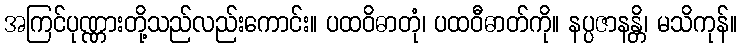
အကြင်ပုဏ္ဏားတို့သည်လည်းကောင်း။ ပထဝိဓာတုံ၊ ပထဝီဓာတ်ကို။ နပ္ပဇာနန္တိ၊ မသိကုန်။